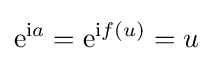
\mathrm {e} ^{\mathrm {i} a}=\mathrm {e} ^{\mathrm {i} f(u)}=u